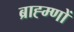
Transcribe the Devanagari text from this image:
ब्राह्म्णों